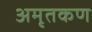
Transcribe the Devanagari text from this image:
अमृतकण